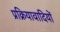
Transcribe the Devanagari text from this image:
प्रक्रियावादियों